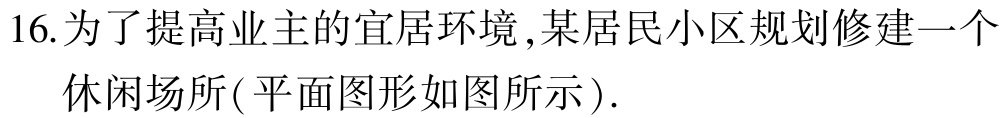
16.为了提高业主的宜居环境,某居民小区规划修建一个
休闲场所(平面图形如图所示).